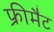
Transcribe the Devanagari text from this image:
फ्रीमैट